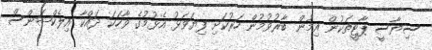
ސިޔާސީ ޕާޓީތަކުން އިމުން ބާރުވުމުން ހަރުކަށި ފިޔަވަޅު އެޅުމުގެ ވާހަކަ ދައްކާ އިލެކްޝަންސް